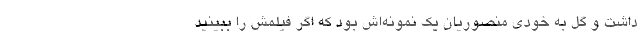
داشت و گل به خودی منصوریان یک نمونه‌اش بود که اگر فیلمش را ببینید